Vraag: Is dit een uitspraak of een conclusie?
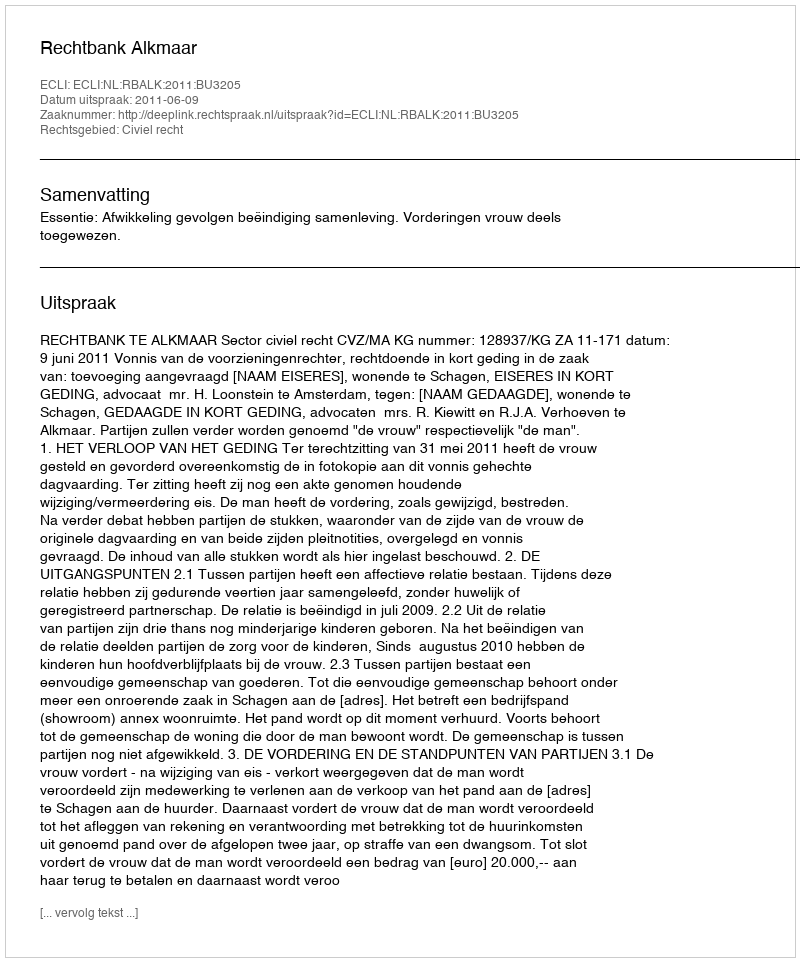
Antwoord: Uitspraak